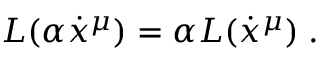
L ( \alpha \dot { x } ^ { \mu } ) = \alpha L ( \dot { x } ^ { \mu } ) \; .